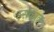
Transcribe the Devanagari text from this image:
इसकाळ